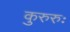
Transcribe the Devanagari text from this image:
कुरुरुः